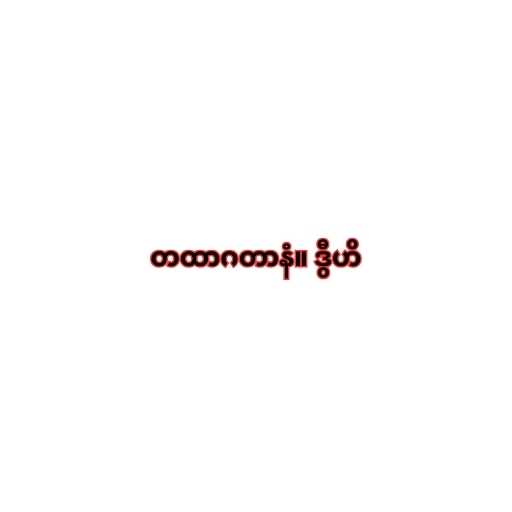
တထာဂတာနံ။ ဒွီဟိ